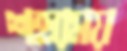
শহরময়